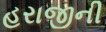
હરાજીની